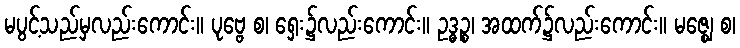
မပွင့်သည်မှလည်းကောင်း။ ပုဗ္ဗေ စ၊ ရှေး၌လည်းကောင်း။ ဥဒ္ဓဉ္စ၊ အထက်၌လည်းကောင်း။ မဇ္ဈေ စ၊